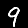
Digit: 9